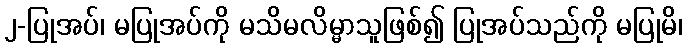
၂-ပြုအပ်၊ မပြုအပ်ကို မသိမလိမ္မာသူဖြစ်၍ ပြုအပ်သည်ကို မပြုမိ၊